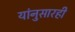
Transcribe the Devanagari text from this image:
यांनुसारही